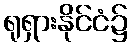
ရုရှားနိုင်ငံ၌